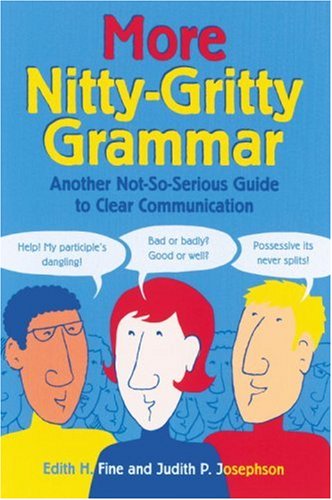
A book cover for More Nitty-Gritty Grammar; Hope Edith Fine; Reference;